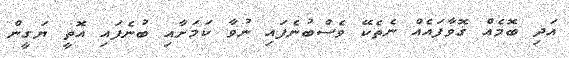
އަދި ބޮމެއް ގޮވާފައެއް ނެތެކޭ ވެސްބުނެފައި ނުވާ ކަމަށާއި ބުނެފައި އޮތީ ޔަގީން